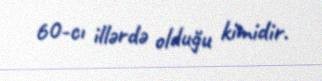
60-cı illərdə olduğu kimidir.